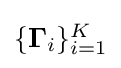
{\textstyle \{\mathbf {\Gamma } _{i}\}_{i=1}^{K}}